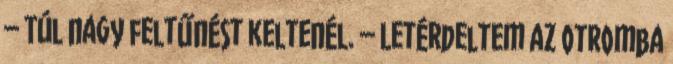
– Túl nagy feltűnést keltenél. – Letérdeltem az otromba